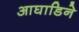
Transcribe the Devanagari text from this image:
आघाडिने